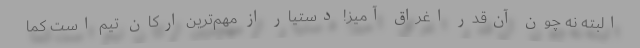
البته نه چون آن‌قدر اغراق آمیز! دستیار از مهم‌ترین ارکان تیم است کما